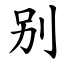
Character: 别